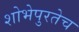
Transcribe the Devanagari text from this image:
शोभेपुरतेच